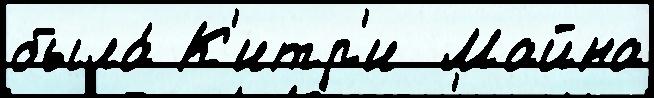
была́ К'итр'и  Майна